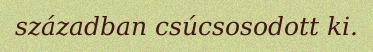
században csúcsosodott ki.